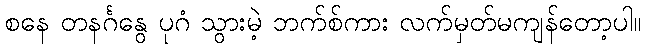
စနေ တနင်္ဂနွေ ပုဂံ သွားမဲ့ ဘက်စ်ကား လက်မှတ်မကျန်တော့ပါ။